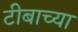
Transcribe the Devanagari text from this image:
टीबाच्या